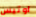
اوتيس